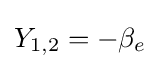
Y_{1,2}=-\beta _{e}